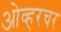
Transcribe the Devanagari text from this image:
ओव्हरचर